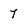
Character: 7